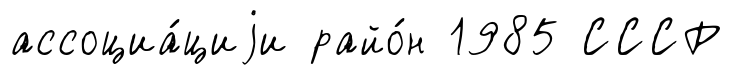
ассоциа́циjи райо́н 1985 СССР